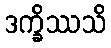
ဒက္ခိဿသိ